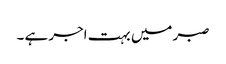
صبر میں بہت اجر ہے ۔